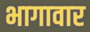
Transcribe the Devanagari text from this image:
भागावार